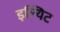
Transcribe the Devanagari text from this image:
इल्यिट